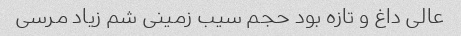
عالی داغ و تازه بود حجم سیب زمینی شم زیاد مرسی